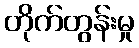
တိုက်တွန်းမှု